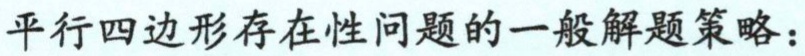
平行四边形存在性问题的一般解题策略：